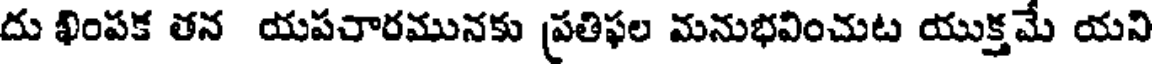
దు ఖింపక తన యపచారమునకు ప్రతిఫల మనుభవించుట యుక్తమే యని